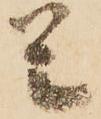
是